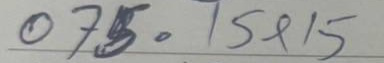
075 = 15x15